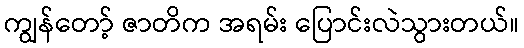
ကျွန်တော့် ဇာတိက အရမ်း ပြောင်းလဲသွားတယ်။